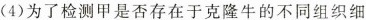
(4)为了检测甲是否存在于克隆牛的不同组织细